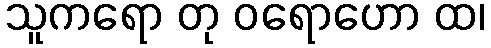
သူကရော တု ဝရောဟော ထ၊